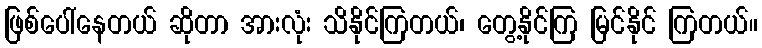
ဖြစ်ပေါ်နေတယ် ဆိုတာ အားလုံး သိနိုင်ကြတယ်၊ တွေ့နိုင်ကြ မြင်နိုင် ကြတယ်။